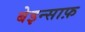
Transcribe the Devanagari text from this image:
बेइन्साफ़